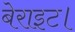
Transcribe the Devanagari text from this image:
बेराइट।